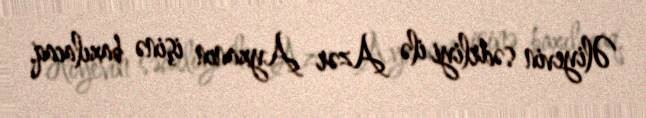
Əliyevin sədrliyi ilə Azər Ayxanın işinə baxılacaq.